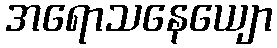
အရောသနေယျော